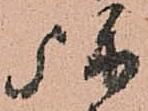
弥